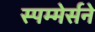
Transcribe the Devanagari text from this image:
स्पम्मेर्सने